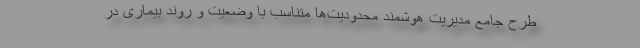
طرح جامع مدیریت هوشمند محدودیت‌ها متناسب با وضعیت و روند بیماری در